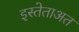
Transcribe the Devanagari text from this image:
इस्तेताअत